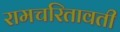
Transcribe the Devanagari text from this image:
रामचरितावती